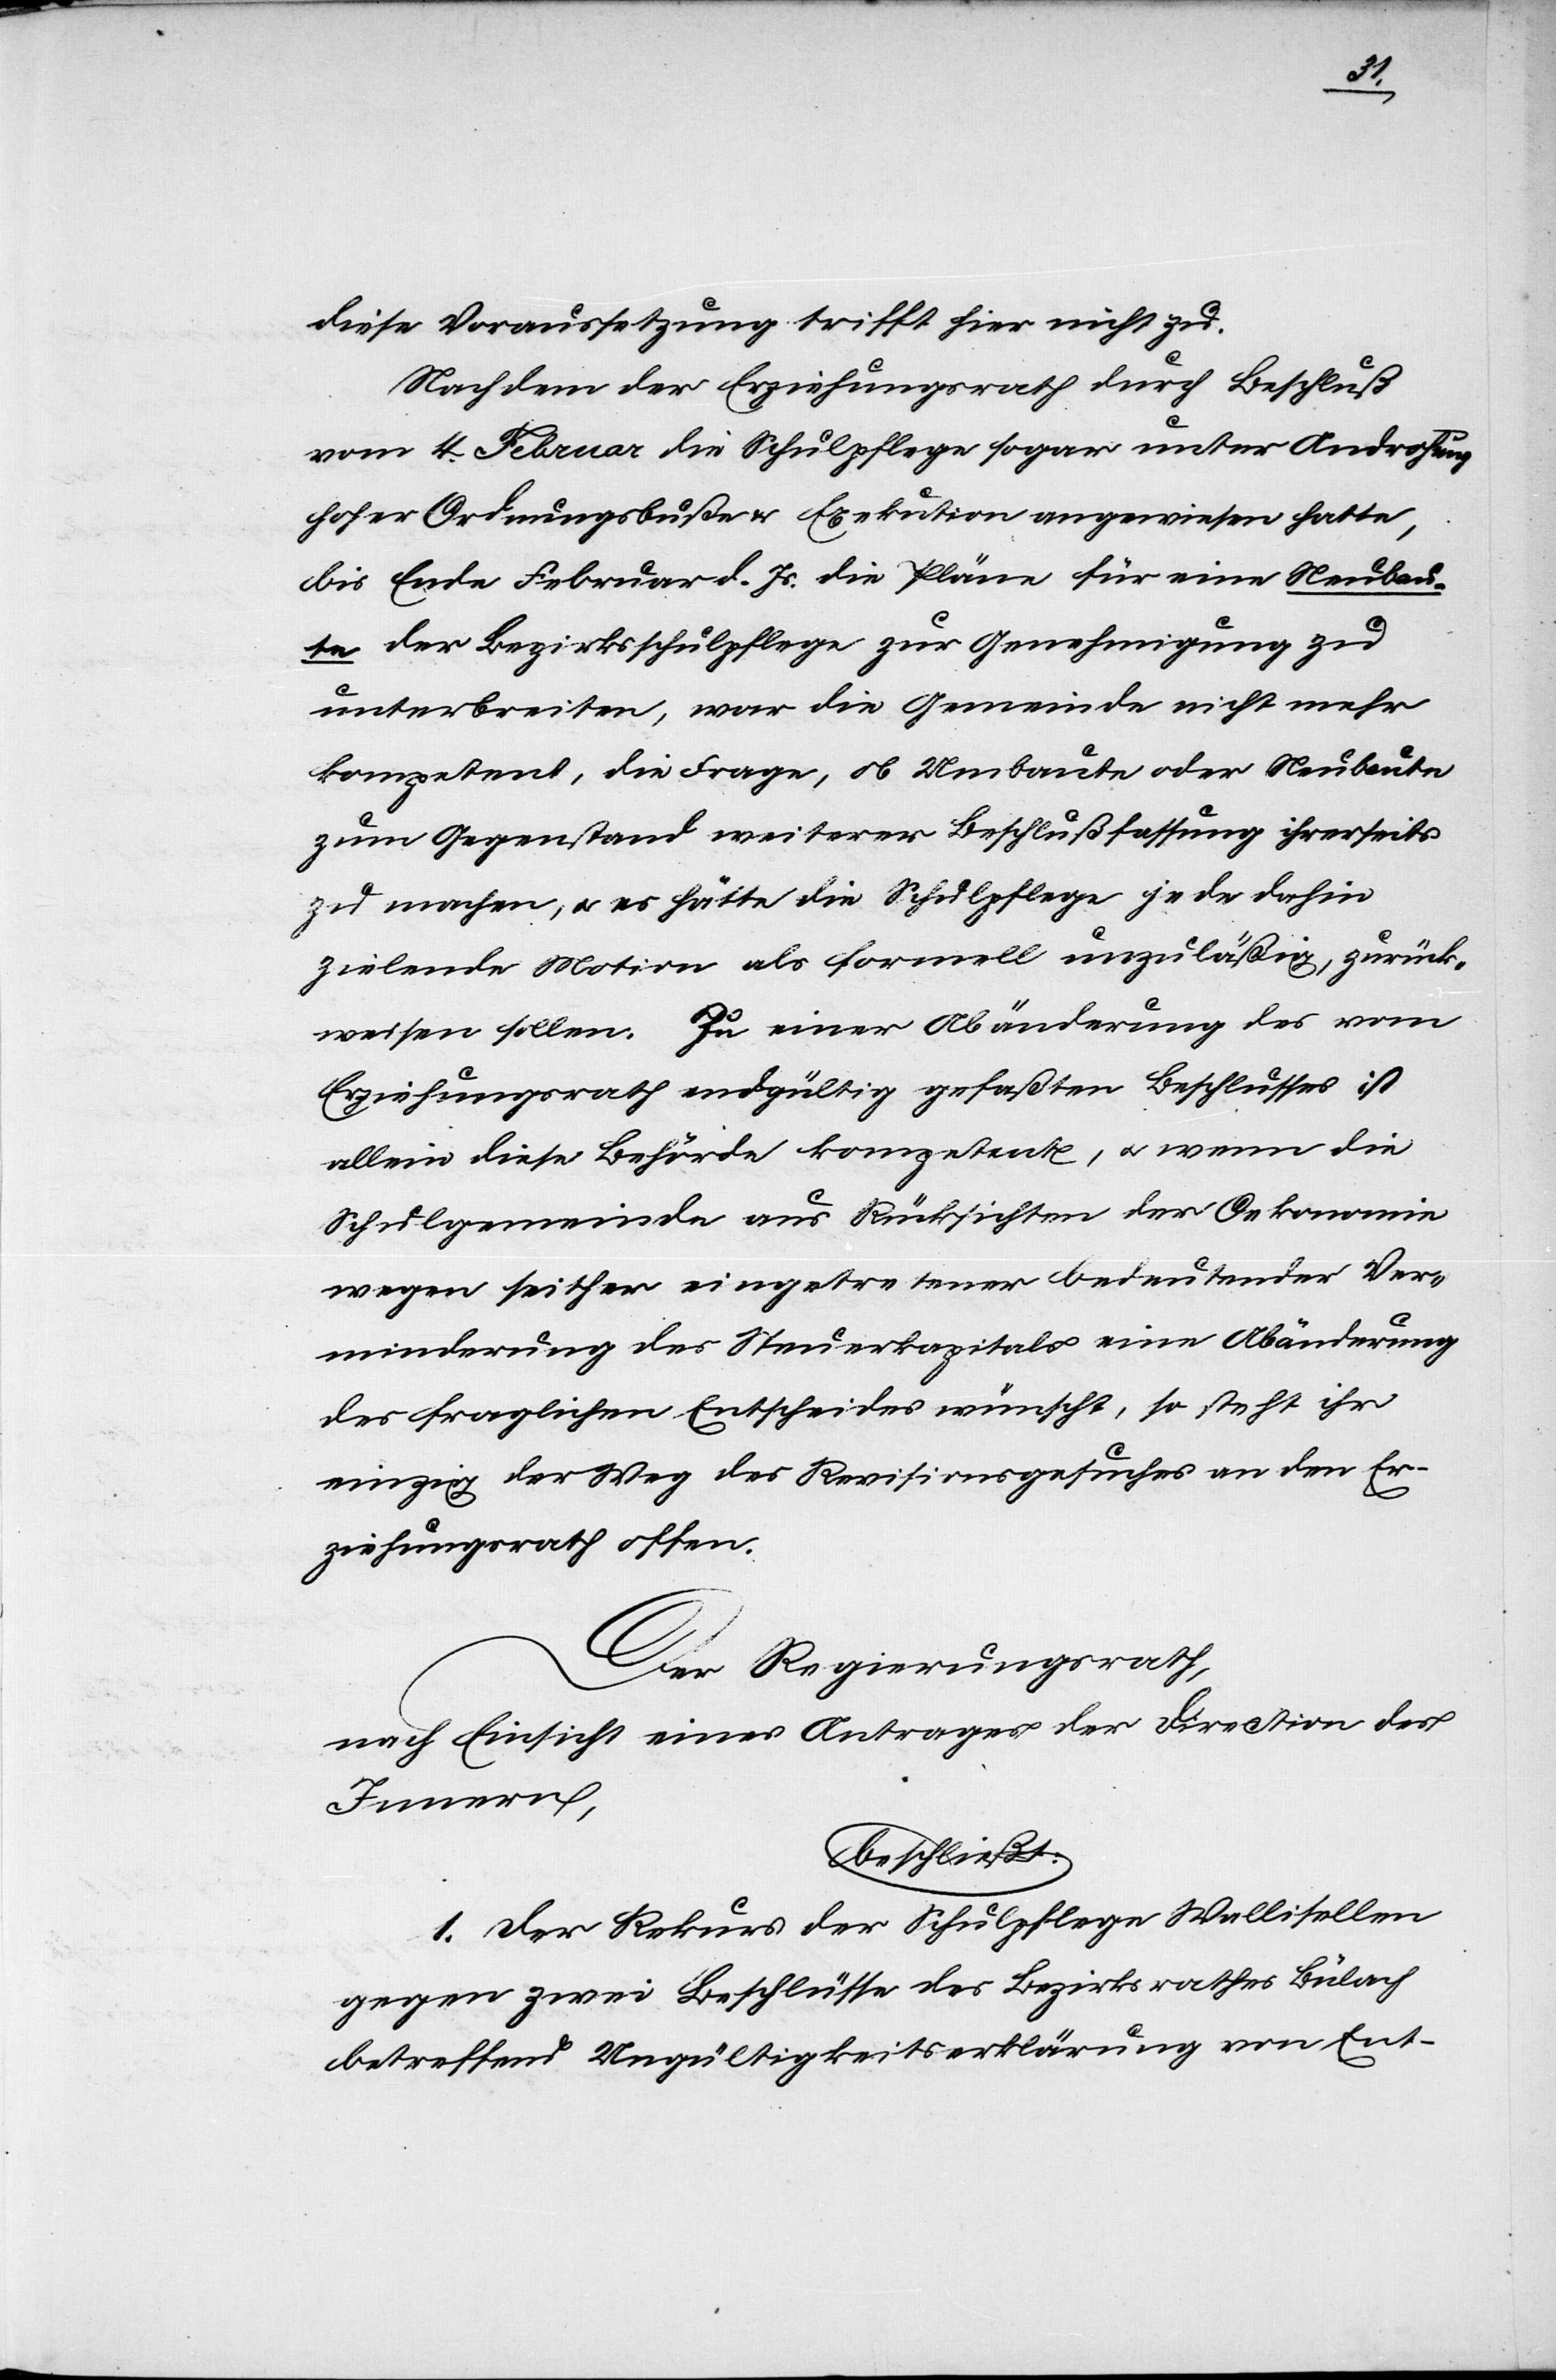
29.
Der Regierungsrath,
nach Einsicht eines Antrages der Direktion des
einer
Beschluß
gegen einen Beschluß des Bezirksrathes Meilen,